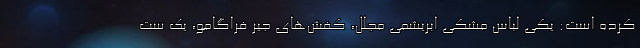
کرده است: یکی لباس مشکی ابریشمی مجلل، کفش‌های جیر فراگامو، یک ست